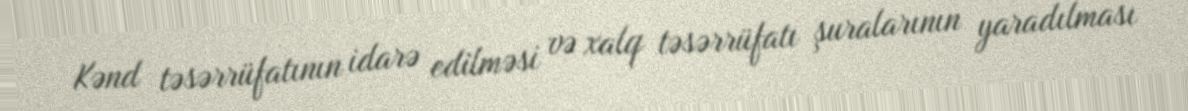
Kənd təsərrüfatının idarə edilməsi və xalq təsərrüfatı şuralarının yaradılması